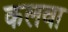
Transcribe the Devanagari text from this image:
कलवा